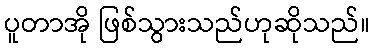
ပူတာအို ဖြစ်သွားသည်ဟုဆိုသည်။